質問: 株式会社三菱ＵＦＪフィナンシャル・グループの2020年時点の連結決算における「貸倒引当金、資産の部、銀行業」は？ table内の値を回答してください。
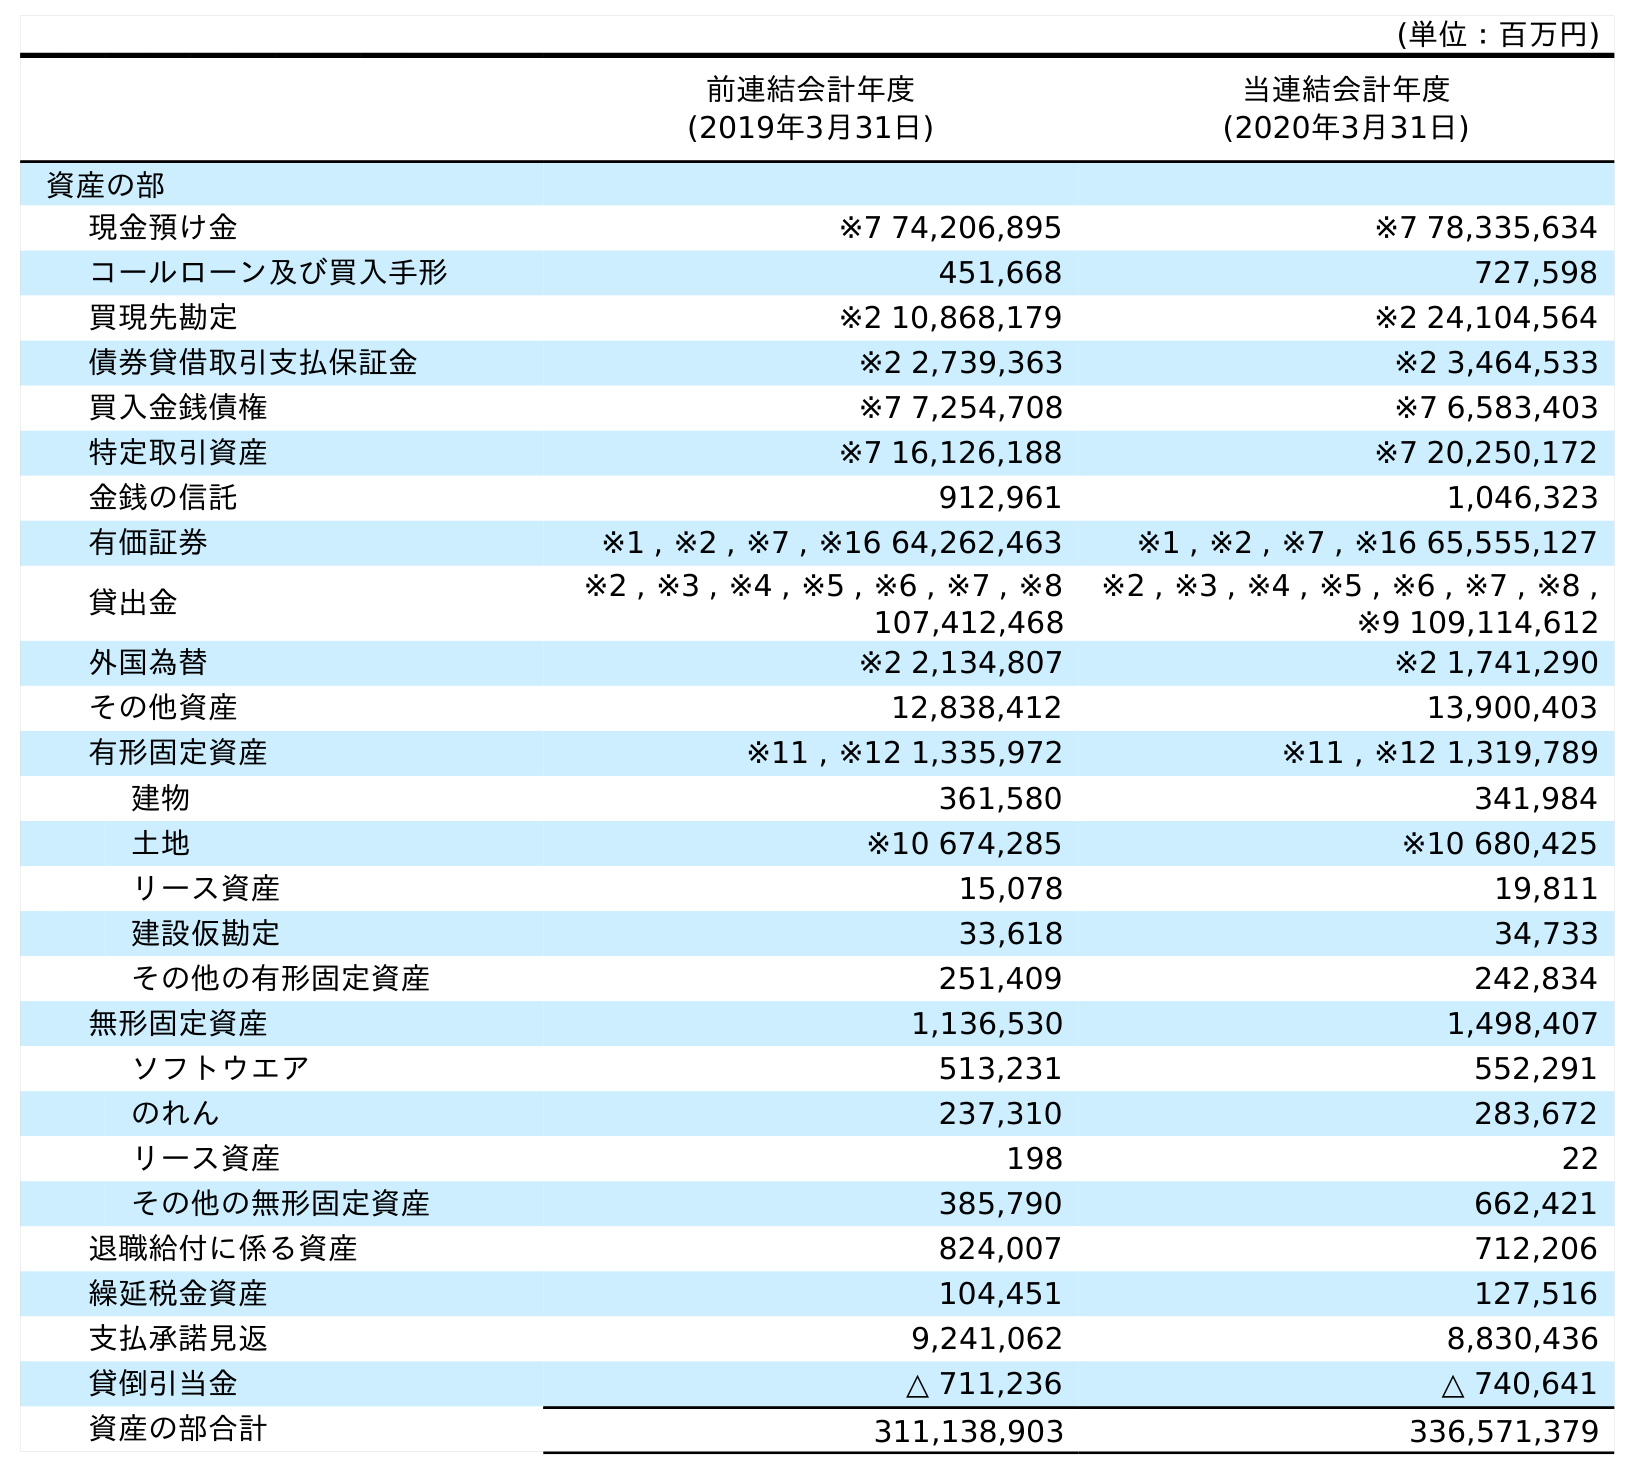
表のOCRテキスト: (単位：百万円) 前連結会計年度 (2019年3月31日) 当連結会計年度 (2020年3月31日) 資産の部 現金預け金 ※7 74,206,895 ※7 78,335,634 コールローン及び買入手形 451,668 727,598 買現先勘定 ※2 10,868,179 ※2 24,104,564 債券貸借取引支払保証金 ※2 2,739,363 ※2 3,464,533 買入金銭債権 ※7 7,254,708 ※7 6,583,403 特定取引資産 ※7 16,126,188 ※7 20,250,172 金銭の信託 912,961 1,046,323 有価証券 ※1 , ※2 , ※7 , ※16 64,262,463 ※1 , ※2 , ※7 , ※16 65,555,127 貸出金 ※2 , ※3 , ※4 , ※5 , ※6 , ※7 , ※8 107,412,468 ※2 , ※3 , ※4 , ※5 , ※6 , ※7 , ※8 , ※9 109,114,612 外国為替 ※2 2,134,807 ※2 1,741,290 その他資産 12,838,412 13,900,403 有形固定資産 ※11 , ※12 1,335,972 ※11 , ※12 1,319,789 建物 361,580 341,984 土地 ※10 674,285 ※10 680,425 リース資産 15,078 19,811 建設仮勘定 33,618 34,733 その他の有形固定資産 251,409 242,834 無形固定資産 1,136,530 1,498,407 ソフトウエア 513,231 552,291 のれん 237,310 283,672 リース資産 198 22 その他の無形固定資産 385,790 662,421 退職給付に係る資産 824,007 712,206 繰延税金資産 104,451 127,516 支払承諾見返 9,241,062 8,830,436 貸倒引当金 △ 711,236 △ 740,641 資産の部合計 311,138,903 336,571,379
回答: △740,641